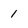
Character: 1